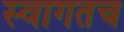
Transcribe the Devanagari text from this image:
स्‍वागतच